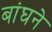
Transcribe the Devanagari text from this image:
बांघने